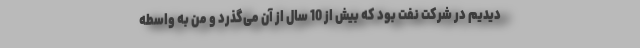
دیدیم در شرکت نفت بود که بیش از 10 سال از آن می‌گذرد و من به واسطه